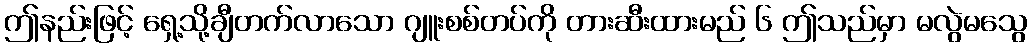
ဤနည်းဖြင့် ရှေ့သို့ချီတက်လာသော ဂျူးစစ်တပ်ကို တားဆီးထားမည် ၆ ဤသည်မှာ မလွဲမသွေ